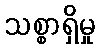
သစ္စာရှိမှု